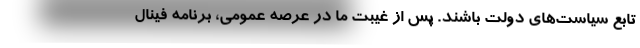
تابع سیاست‌های دولت باشند. پس از غیبت ما در عرصه عمومی، برنامه فینال